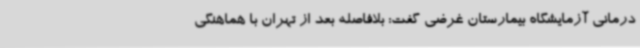
درمانی آزمایشگاه بیمارستان غرضی گفت: بلافاصله بعد از تهران با هماهنگی